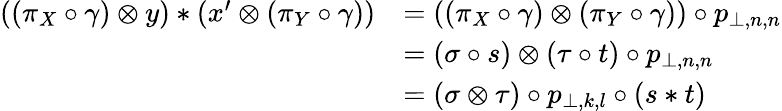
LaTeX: \begin{array}{rl}{\left(\left(\pi_{X}\circ\gamma\right)\otimes y\right)\ast\left(x^{\prime}\otimes\left(\pi_{Y}\circ\gamma\right)\right)}&{=\left(\left(\pi_{X}\circ\gamma\right)\otimes\left(\pi_{Y}\circ\gamma\right)\right)\circ p_{\bot,n,n}}\\ &{=\left(\sigma\circ s\right)\otimes\left(\tau\circ t\right)\circ p_{\bot,n,n}}\\ &{=\left(\sigma\otimes\tau\right)\circ p_{\bot,k,l}\circ\left(s\ast t\right)}\end{array}